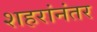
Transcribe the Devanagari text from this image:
शहरांनंतर